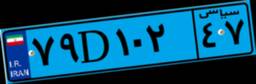
۷۹D۱۰۲۴۷